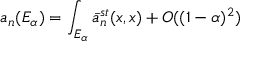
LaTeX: a _ { n } ( E _ { \alpha } ) = \int _ { E _ { \alpha } } \bar { a } _ { n } ^ { s t } ( x , x ) + O ( ( 1 - \alpha ) ^ { 2 } )